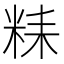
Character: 𥹯